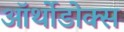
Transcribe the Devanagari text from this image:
ऑर्थोडोक्स